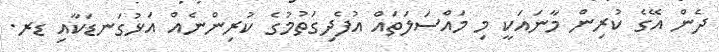
ދެން އޭގެ ކުރިން މާނައަކީ މި މައްސަލަތައް އުފެދިގަތުމުގެ ކުރިންނެއް އަޅުގަނޑަކާއި ޑރ.